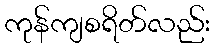
ကုန်ကျစရိတ်လည်း